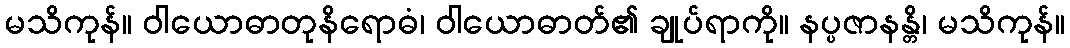
မသိကုန်။ ဝါယောဓာတုနိရောဓံ၊ ဝါယောဓာတ်၏ ချုပ်ရာကို။ နပ္ပဇာနန္တိ၊ မသိကုန်။